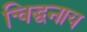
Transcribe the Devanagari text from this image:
चिद्घनाय